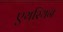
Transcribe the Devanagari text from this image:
एयरियन